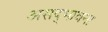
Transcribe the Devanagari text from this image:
असद्‍भावना